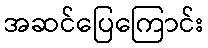
အဆင်ပြေကြောင်း